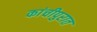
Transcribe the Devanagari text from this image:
कांचीपुरात